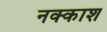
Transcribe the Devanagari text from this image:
नक्‍काश